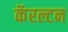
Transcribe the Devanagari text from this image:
कॅरल्टन